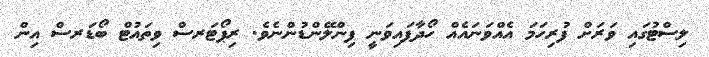
ލިސްޓުގައި ވަރަށް ފުރިހަމަ އެއްވަނައެއް ހޯދާފައިވަނީ ފިންލޭންޑުންނެވެ. ރިޕޯޓަރސް ވިތައުޓް ބޯޑަރސް އިން